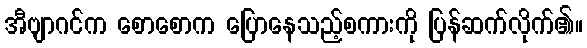
အီဗျာဂင်က စောစောက ပြောနေသည့်စကားကို ပြန်ဆက်လိုက်၏။